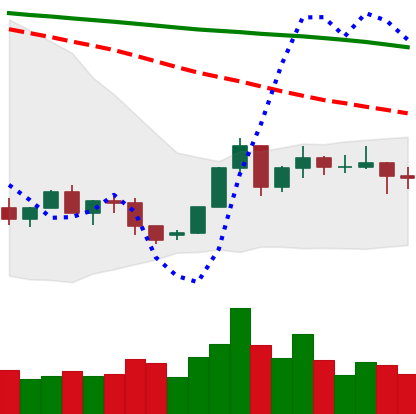
Ticker: XLM-USD
Chart end date: 2022-06-08
Forward return: -23.999%
Label: down_7plus